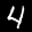
Label: 4